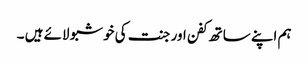
ہم اپنے ساتھ کفن اور جنت کی خوشبو لائے ہیں ۔